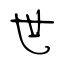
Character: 世